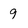
Character: 9